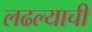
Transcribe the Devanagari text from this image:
लढल्याची